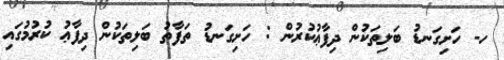
ހ- ހަށިގަނޑު ބަލިތަކުން ދިފާޢުކުރުން : ހަށިގަނޑު ތަފާތު ބަލިތަކުން ދިފާޢު ކުރުމުގައި